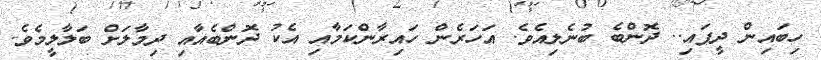
ހިބައިން ދީފައި.. ދޮންބެ ބުނެލިއެވެ. އަހަރެން ހައިރާންކަމާއި އެކު ދޮންބެއާއި ދިމާލަށް ބަލާލީމެވެ.